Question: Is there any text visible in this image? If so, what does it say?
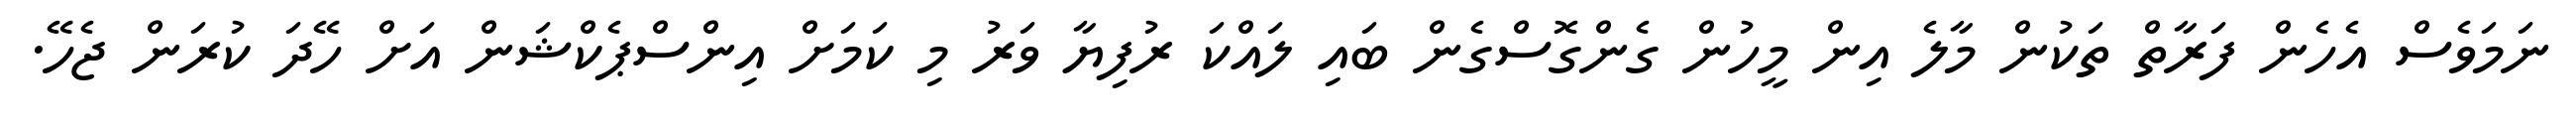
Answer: ނަމަވެސް އެހެން ފަރާތް ތަކުން މާލެ އިން މީހުން ގެންގޮސްގެން ބައި ލައްކަ ރުފިޔާ ވަރު މި ކަމަށް އިންސްޕެކްޝަން އަށް ހޭދަ ކުރަން ޖެހޭ.